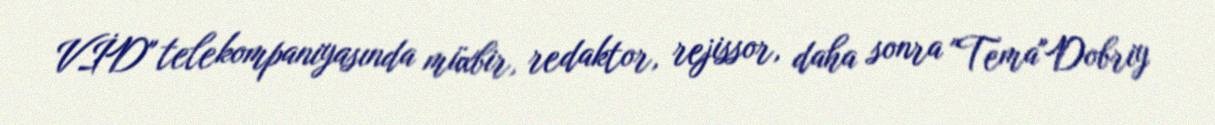
VİD" telekompaniyasında müxbir, redaktor, rejissor, daha sonra "Tema"Dobriy